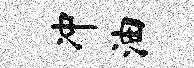
冲油